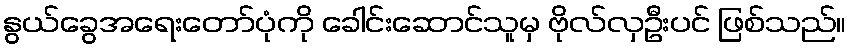
နွယ်ခွေအရေးတော်ပုံကို ခေါင်းဆောင်သူမှ ဗိုလ်လှဦးပင် ဖြစ်သည်။